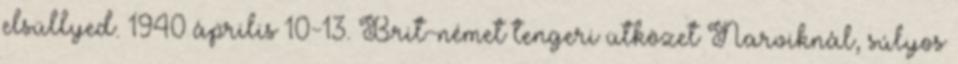
elsüllyed. 1940 április 10-13. Brit-német tengeri ütközet Narviknál, súlyos